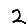
Digit: 2